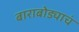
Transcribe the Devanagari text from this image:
बाराबोड्याचं